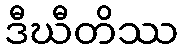
ဒီဃီတိဿ